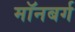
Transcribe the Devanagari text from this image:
मॉनबर्ग